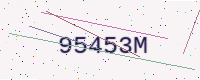
Text: 95453M